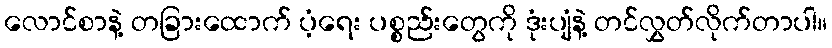
လောင်စာနဲ့ တခြားထောက် ပံ့ရေး ပစ္စည်းတွေကို ဒုံးပျံနဲ့ တင်လွှတ်လိုက်တာပါ။